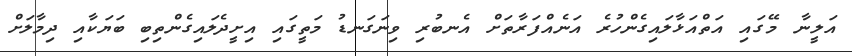
އަލީނާ މޭގައި އަތްއަޅާލައިގެންހުރެ އަނެއްފަރާތަށް އެނބުރި ވިނަގަނޑު މަތީގައި އިށީދެލައިގެންތިބި ބަޔަކާއި ދިމާލަށް